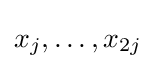
x_{j},\ldots ,x_{2j}